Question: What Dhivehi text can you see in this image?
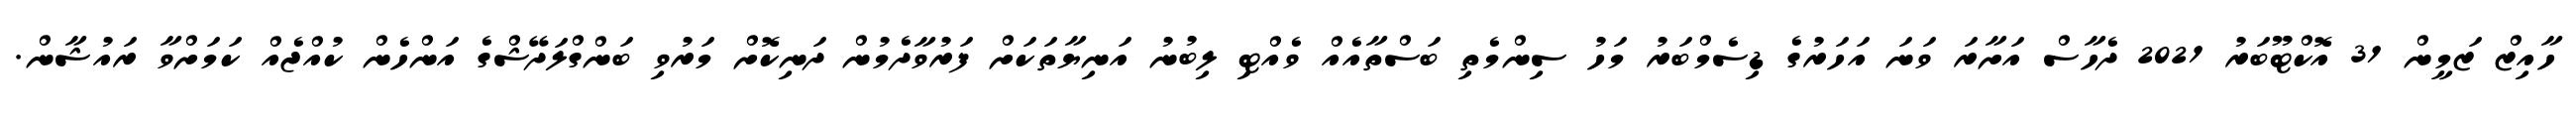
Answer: ހާއިޒް ޒަމީން 31 އޮކްޓޫބަރު 2021 ދެހާސް އަށާރަ ވަނަ އަހަރުގެ ޑިސެމްބަރު މަހު ސިންމެތި ބަސްތާއެއް ވެއްޓި ލިބުނު އަނިޔާތަކަށް ފަރުވާދެމުން ދަނިކޮށް މަރުވި ބަންގްލަދޭޝްގެ އަންހެން ކުއްޖެއް ކަމަށްވާ ރައުޝާން.